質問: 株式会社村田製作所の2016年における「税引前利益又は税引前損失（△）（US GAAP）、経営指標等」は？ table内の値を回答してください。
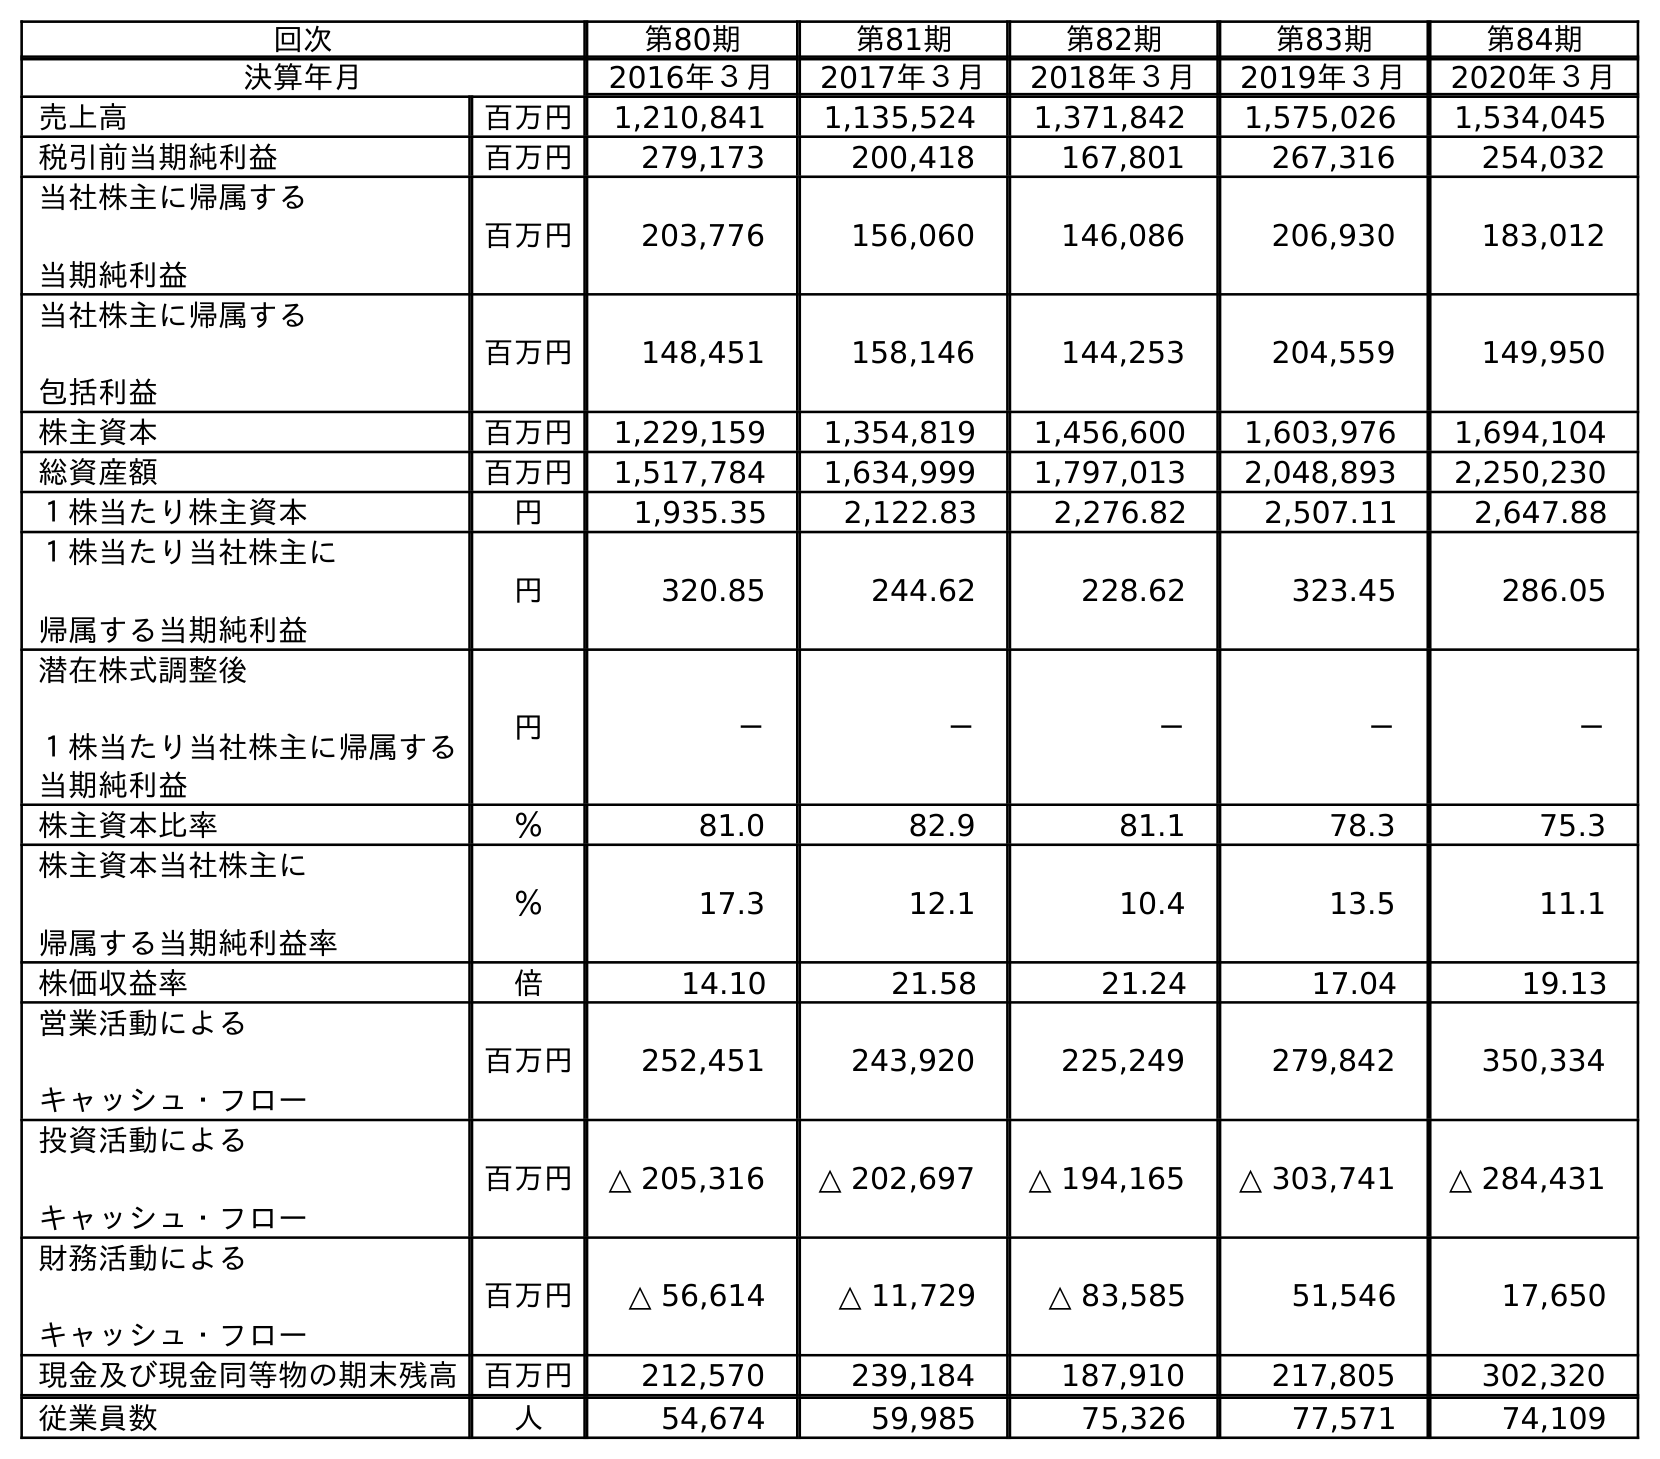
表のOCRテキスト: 回次 第80期 第81期 第82期 第83期 第84期 決算年月 2016年３月 2017年３月 2018年３月 2019年３月 2020年３月 売上高 百万円 1,210,841 1,135,524 1,371,842 1,575,026 1,534,045 税引前当期純利益 百万円 279,173 200,418 167,801 267,316 254,032 当社株主に帰属する 当期純利益 百万円 203,776 156,060 146,086 206,930 183,012 当社株主に帰属する 包括利益 百万円 148,451 158,146 144,253 204,559 149,950 株主資本 百万円 1,229,159 1,354,819 1,456,600 1,603,976 1,694,104 総資産額 百万円 1,517,784 1,634,999 1,797,013 2,048,893 2,250,230 １株当たり株主資本 円 1,935.35 2,122.83 2,276.82 2,507.11 2,647.88 １株当たり当社株主に 帰属する当期純利益 円 320.85 244.62 228.62 323.45 286.05 潜在株式調整後 １株当たり当社株主に帰属する 当期純利益 円 － － － － － 株主資本比率 ％ 81.0 82.9 81.1 78.3 75.3 株主資本当社株主に 帰属する当期純利益率 ％ 17.3 12.1 10.4 13.5 11.1 株価収益率 倍 14.10 21.58 21.24 17.04 19.13 営業活動による キャッシュ・フロー 百万円 252,451 243,920 225,249 279,842 350,334 投資活動による キャッシュ・フロー 百万円 △ 205,316 △ 202,697 △ 194,165 △ 303,741 △ 284,431 財務活動による キャッシュ・フロー 百万円 △ 56,614 △ 11,729 △ 83,585 51,546 17,650 現金及び現金同等物の期末残高 百万円 212,570 239,184 187,910 217,805 302,320 従業員数 人 54,674 59,985 75,326 77,571 74,109
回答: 279,173